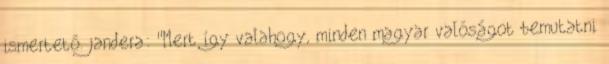
ismertető. jandera: "Mert így valahogy, minden magyar valóságot bemutatni